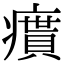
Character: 𤺔